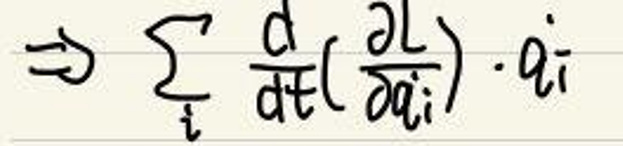
\(\Rightarrow \sum _ { i } \frac { d } { d t } ( \frac { \partial L } { \partial \dot { q } _ { i } } ) \cdot \dot { q } _ { i }\)